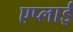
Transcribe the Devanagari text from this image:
एप्लाई